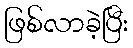
ဖြစ်လာခဲ့ပြီး